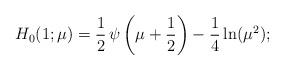
LaTeX: \begin{align*}H_0(1;\mu)= {1\over 2}\,\psi\left( \mu+ {1\over 2}\right)-\frac14\ln(\mu^2);\end{align*}